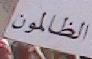
الظالون